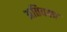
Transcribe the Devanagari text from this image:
अतिवक्त्र